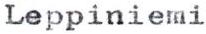
Leppiniemi